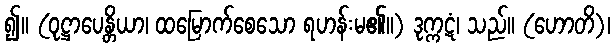
၍။ (ဝုဋ္ဌာပေန္တိယာ၊ ထမြောက်စေသော ရဟန်းမ၏။) ဒုက္ကဋံ၊ သည်။ (ဟောတိ)၊